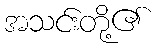
အသင်းတို့၏